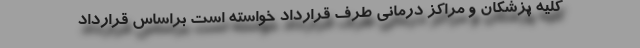
کلیه پزشکان و مراکز درمانی طرف قرارداد خواسته است براساس قرارداد